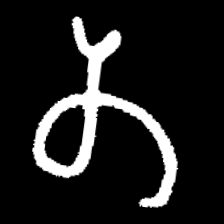
Pyu character \u2014 Myanmar letter: တ (romanized: ta)